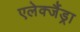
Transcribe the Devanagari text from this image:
एलेक्जैंड्रा